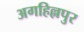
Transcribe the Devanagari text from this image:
अगहिल्लपुर